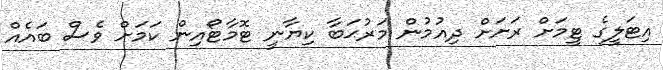
އިޓަލީގެ ޓީމަށް ރަށަށް ދިއުމުން މަރުޙަބާ ކިޔާނީ ޓޮމާޓޯއިން ކަމަށް ވެސް ބައެއް